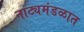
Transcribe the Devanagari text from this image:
नाट्यमंडळात